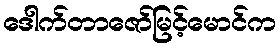
ဒေါက်တာဇော်မြင့်မောင်က